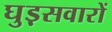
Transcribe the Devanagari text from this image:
घुड़़सवारों